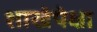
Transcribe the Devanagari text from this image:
शाखेपेक्षा